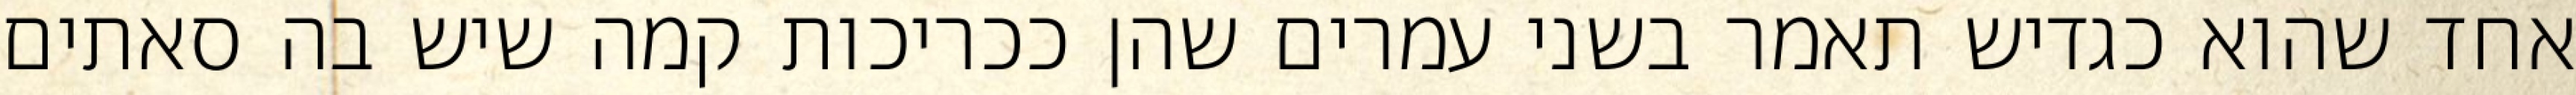
אחד שהוא כגדיש תאמר בשני עמרים שהן ככריכות קמה שיש בה סאתים